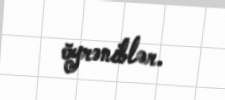
öyrəniblər.